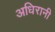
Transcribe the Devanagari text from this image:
अधिरानी